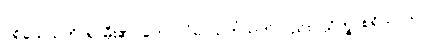
ပရိယေသတိ၊ ရှာမှီး၏။ ကေဝလံပိ၊ သက်သက်လည်း။ သိက္ခာစရိယာယ၊